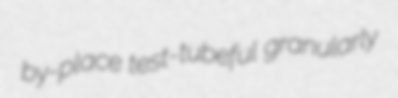
by-place test-tubeful granularly